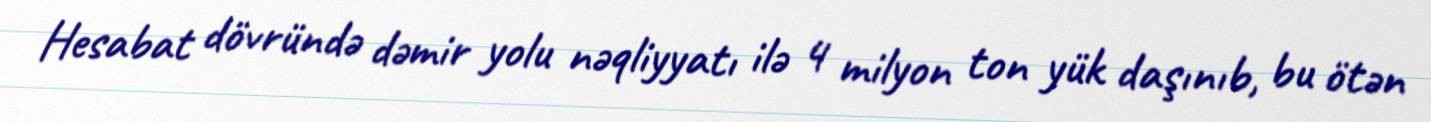
Hesabat dövründə dəmir yolu nəqliyyatı ilə 4 milyon ton yük daşınıb, bu ötən